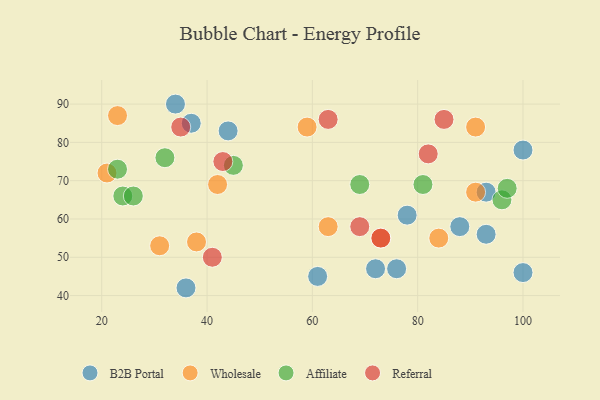
{"axis": {"x": "GDP", "y": "Life Expectancy"}, "legend": ["Affiliate", "B2B Portal", "Referral", "Wholesale"], "data": [{"x": "76", "y": 47, "type": "B2B Portal"}, {"x": "36", "y": 42, "type": "B2B Portal"}, {"x": "78", "y": 61, "type": "B2B Portal"}, {"x": "88", "y": 58, "type": "B2B Portal"}, {"x": "93", "y": 56, "type": "B2B Portal"}, {"x": "72", "y": 47, "type": "B2B Portal"}, {"x": "37", "y": 85, "type": "B2B Portal"}, {"x": "44", "y": 83, "type": "B2B Portal"}, {"x": "93", "y": 67, "type": "B2B Portal"}, {"x": "61", "y": 45, "type": "B2B Portal"}, {"x": "100", "y": 46, "type": "B2B Portal"}, {"x": "34", "y": 90, "type": "B2B Portal"}, {"x": "100", "y": 78, "type": "B2B Portal"}, {"x": "84", "y": 55, "type": "Wholesale"}, {"x": "21", "y": 72, "type": "Wholesale"}, {"x": "42", "y": 69, "type": "Wholesale"}, {"x": "31", "y": 53, "type": "Wholesale"}, {"x": "73", "y": 55, "type": "Wholesale"}, {"x": "91", "y": 67, "type": "Wholesale"}, {"x": "38", "y": 54, "type": "Wholesale"}, {"x": "91", "y": 84, "type": "Wholesale"}, {"x": "59", "y": 84, "type": "Wholesale"}, {"x": "23", "y": 87, "type": "Wholesale"}, {"x": "63", "y": 58, "type": "Wholesale"}, {"x": "96", "y": 65, "type": "Affiliate"}, {"x": "81", "y": 69, "type": "Affiliate"}, {"x": "24", "y": 66, "type": "Affiliate"}, {"x": "32", "y": 76, "type": "Affiliate"}, {"x": "23", "y": 73, "type": "Affiliate"}, {"x": "69", "y": 69, "type": "Affiliate"}, {"x": "97", "y": 68, "type": "Affiliate"}, {"x": "26", "y": 66, "type": "Affiliate"}, {"x": "45", "y": 74, "type": "Affiliate"}, {"x": "41", "y": 50, "type": "Referral"}, {"x": "69", "y": 58, "type": "Referral"}, {"x": "85", "y": 86, "type": "Referral"}, {"x": "82", "y": 77, "type": "Referral"}, {"x": "63", "y": 86, "type": "Referral"}, {"x": "35", "y": 84, "type": "Referral"}, {"x": "73", "y": 55, "type": "Referral"}, {"x": "43", "y": 75, "type": "Referral"}]}